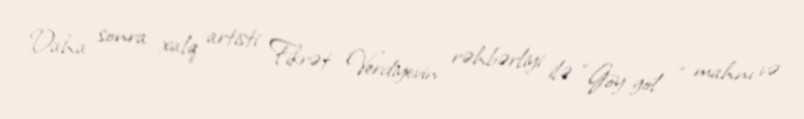
Daha sonra xalq artisti Fikrət Verdiyevin rəhbərliyi ilə “Göy-göl ” mahnı və